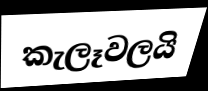
කැලෑවලයි